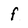
Character: f